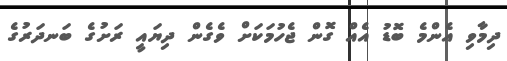
ދިމާވި އެންމެ ބޮޑު އެއް ގޮން ޖެހުމަކަށް ވެގެން ދިޔައީ ރަށުގެ ބަނދަރުގެ